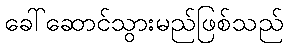
ခေါ်ဆောင်သွားမည်ဖြစ်သည်